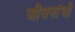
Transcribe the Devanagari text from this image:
जीवनांची